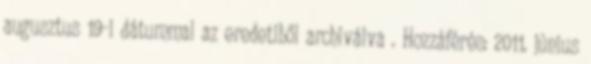
augusztus 19-i dátummal az eredetiből archiválva . Hozzáférés: 2011. június